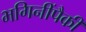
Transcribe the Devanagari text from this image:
भगिनींपैकी